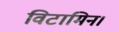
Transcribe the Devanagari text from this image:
विटामिन।